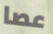
عصا